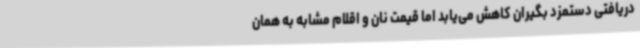
دریافتی دستمزد بگیران کاهش می‌یابد اما قیمت نان و اقلام مشابه به همان